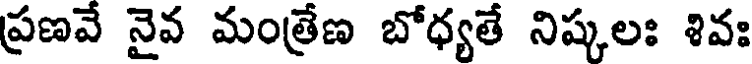
ప్రణవే నైవ మంత్రేణ బోధ్యతే నిష్కలః శివః